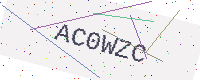
Text: AC0WZC